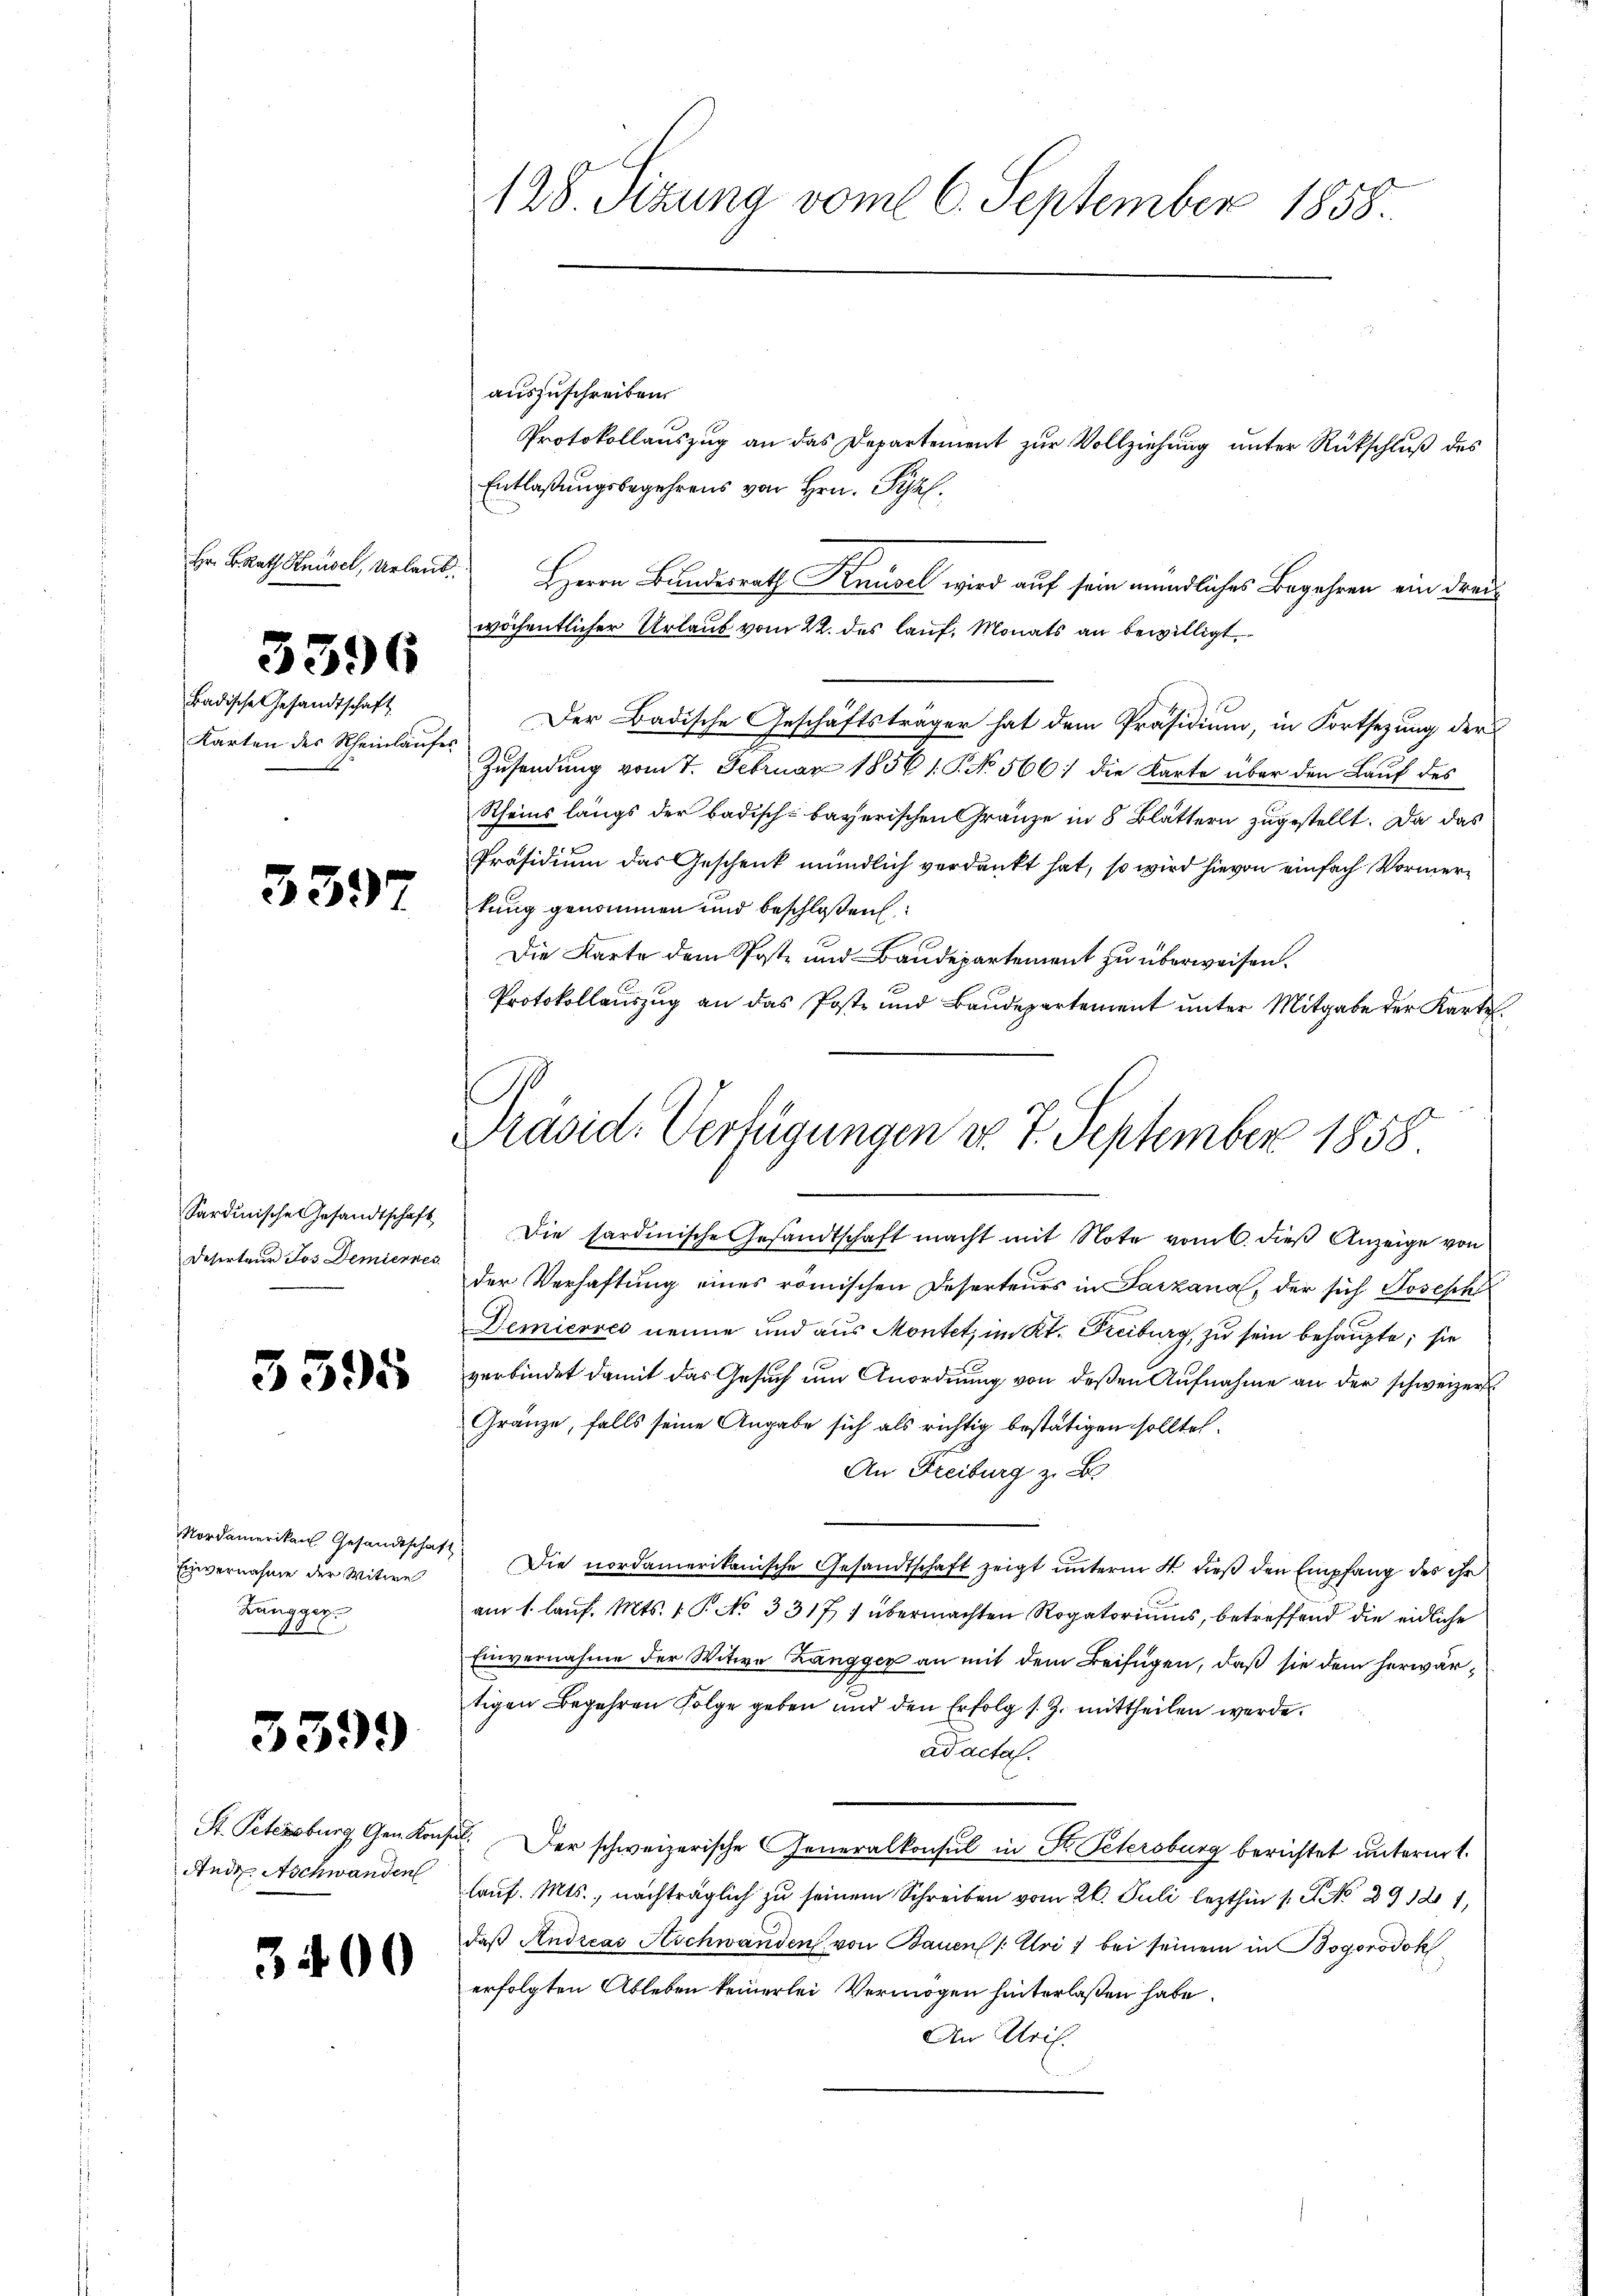
Hr. B. Rath Knüsel, Urlaub

3396

Badische Gesandtschaft
Karten des Rheinlaufes

5397

Sardinische Gesandtschaft
Deserteur Jos. Demiernes

3395

Nordamerikans Gesandtschaf
Einvernahme der Witwe
Kangger
13

3399

St. Petersburg, Gen Konse
Andr. Aschwanden

3400

128. Sizung vom 6. September 1858.

auszuschreiben.
Entlaßungsbegehrens von Hrn. Pr.
Herrn Bundesrath Knüsel wird auf sein mündliches Begehren ein Freu
wöchentlicher Urlaub vom 22. des lauf. Monats an bewilligt.
Der Badische Geschäftsträger hat dem Präsidium, in Fortsezung der
Zusendung vom 7. Februar 1856 1. P. No 566) die Karte über den Lauf des
Rheins längs der badisch-bayerischen Gränze in 8 Blättern zugestellt. Da das
Präsidium das Geschenk mündlich verdankt hat, so wird hievon einfach Vormerkung genommen und beschloßen:
Die Karte dem Post- und Baudepartement zu überweisen.
Protokollaŭszŭg an das Post und Baudepartement ŭnter Mitgabe der Karte
Die sardinische Gesandtschaft macht mit Note vom 6. dieß Anzeige von
der Verhaftung eines römischen Deserteurs in Parzana, der sich Joseph
Demicores nenne und aus Montet, im Kt. Freiburg, zu sein behaupte, sie
verbindet damit das Gesuch um Anordnung von deßen Aufnahme an der schweizer
Gränze, falls seine Angabe sich als richtig bestätigen sollte.
An Freiburg z. B.
Die nordamerikanische Gesandtschaft zeigt unterm 4. dieß den Empfang des ihr
am 1. lauf. Mts. 1. P. No 3317) übermachten Rogatoriums, betreffend die eidliche
Einvernahme der Witwe Zangger an mit dem Beifügen, daß sie dem herwärtigen Begehren Folge geben und den Erfolg s. Z. mittheilen werde.
ad acta.
.Der schweizerische Generalkonsul in K. Petersburg berichtet unterm 1.
lauf. Mts., nachträglich zu seinem Schreiben vom 26. Juli lezthin 1. No 29121,
daß Andreas Aschwanden von Bauen /: Uri i bei seinem in Bogorodokerfolgten Ableben keinerlei Vermögen hinterlaßen habe.
An Ulril.

Protokollauszug an das Departement zur Vollziehung unter Rückschluß des

Präsid. Verfügungen vom 7. September 1858